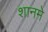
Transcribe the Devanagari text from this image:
शानमे